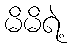
မိမိရဲ့